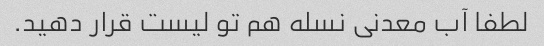
لطفا آب معدنی نسله هم تو لیست قرار دهید.